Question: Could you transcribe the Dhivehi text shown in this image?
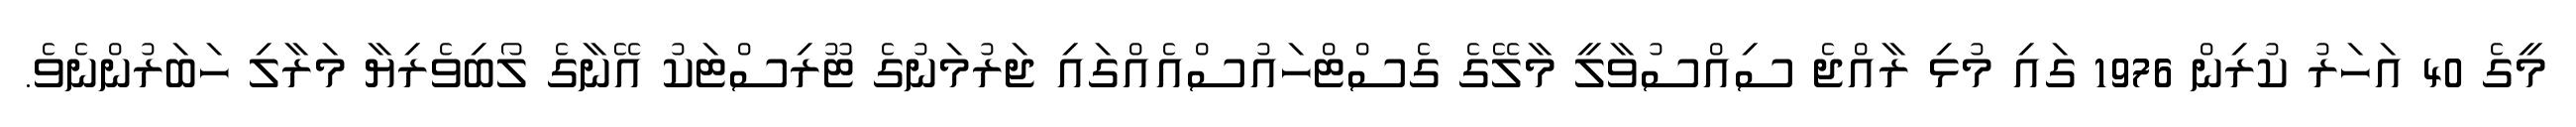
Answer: މީގެ 40 އަހަރު ކުރިން 1976 ގައި މުޅި ރާއްޖެ ސިއްސުވާލީ މާލޭގެ ގެސްޓްހައުސްއެއްގައި ޖަރުމަނުގެ ޓޫރިސްޓަކު އޭނާގެ ލޯބިވެރިޔާ މަރާލި ހަބަރުންނެވެ.